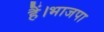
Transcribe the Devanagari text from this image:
हैं।भाजपा